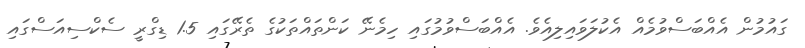
ގައުމުން އެއްބަސްވުމެއް އެކުލަވައިލިއެވެ. އެއްބަސްވުމުގައި ހިމެނޭ ކަންތައްތަކުގެ ތެރޭގައި 1.5 ޑިގްރީ ސެކްސިއަސްގައި